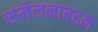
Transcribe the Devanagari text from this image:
संमेलनाबद्दल